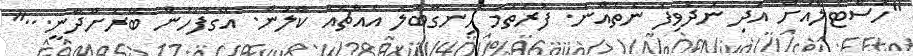
"ހޮސްޓެލްއަށް އަދި ނުދެވިފަ ނެތެއްނު. ފުރަތަމަ ހިނގާބަލަ އެއްޗެއް ކާލަން. އޭގެފަހުން ބޭރަށްދާނީ..."